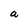
Character: a